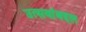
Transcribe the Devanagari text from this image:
उत्सवांबद्दल